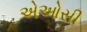
એઓસી